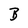
Character: B